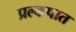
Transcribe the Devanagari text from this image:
प्रल्कपात